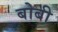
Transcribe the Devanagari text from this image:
बोबी